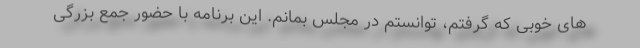
های خوبی که گرفتم، توانستم در مجلس بمانم. این برنامه با حضور جمع بزرگی